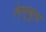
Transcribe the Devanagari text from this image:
तेलुबुग़ा